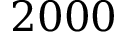
2 0 0 0